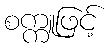
စက္ကူဖြင့်